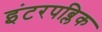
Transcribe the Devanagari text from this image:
इंटरपब्लिक